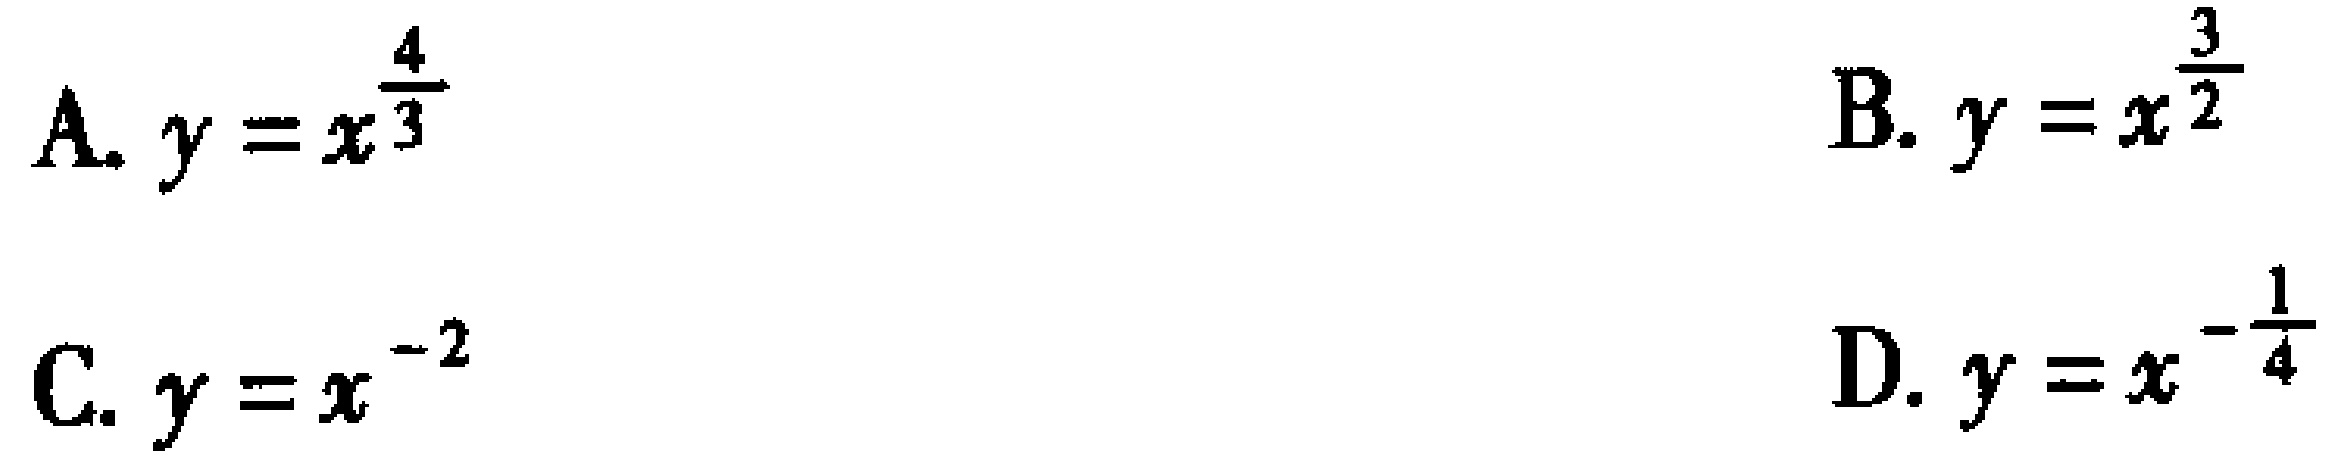
A. \(y = x^{\frac{4}{3}}\)

B. \(y = x^{\frac{3}{2}}\)

C. \(y = x^{-2}\)

D. \(y = x^{-\frac{1}{4}}\)